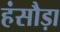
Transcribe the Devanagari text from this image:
हंसौड़ा